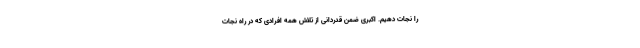
را نجات دهیم. اکبری ضمن قدردانی از تلاش همه افرادی که در راه نجات